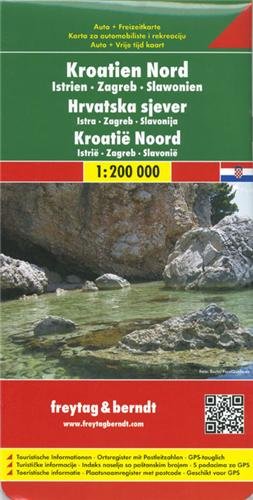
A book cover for Croatia North/Istria/Zagreb/Slavonia (Road Maps) (English and German Edition); Freytag-Berndt und Artaria; Travel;